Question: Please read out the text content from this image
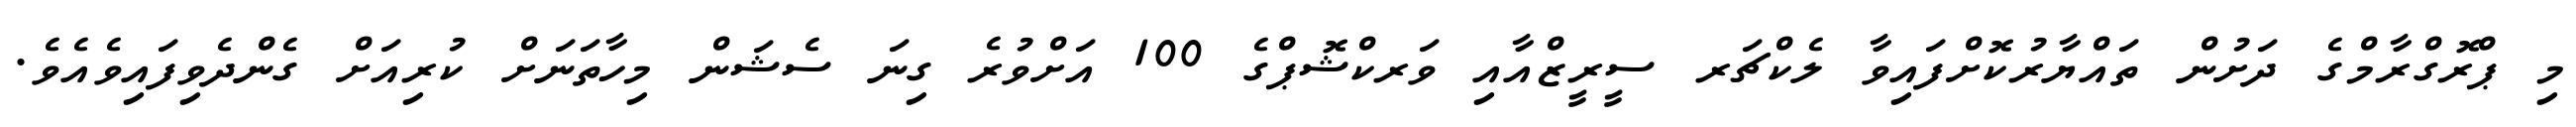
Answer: މި ޕްރޮގްރާމްގެ ދަށުން ތައްޔާރުކޮށްފައިވާ ލެކްޗަރ ސީރީޒްއާއި ވަރކްޝޮޕްގެ 100 އަށްވުރެ ގިނަ ސެޝަން މިހާތަނަށް ކުރިއަށް ގެންދެވިފައިވެއެވެ.